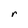
Character: r